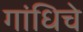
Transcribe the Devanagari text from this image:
गांधिचे